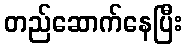
တည်ဆောက်နေပြီး